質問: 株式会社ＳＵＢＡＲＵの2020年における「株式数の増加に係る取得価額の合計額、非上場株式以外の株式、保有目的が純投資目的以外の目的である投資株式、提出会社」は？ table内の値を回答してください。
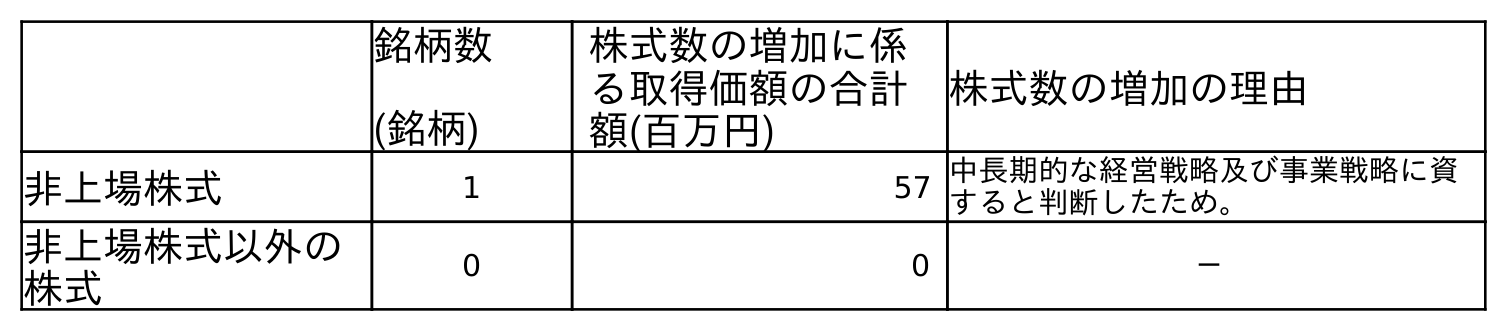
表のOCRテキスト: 銘柄数 (銘柄) 株式数の増加に係 る取得価額の合計 額(百万円) 株式数の増加の理由 非上場株式 1 57 中長期的な経営戦略及び事業戦略に資 すると判断したため。 非上場株式以外の 株式 0 0 －
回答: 0